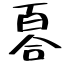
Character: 𠷡